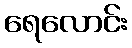
ရေလောင်း